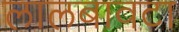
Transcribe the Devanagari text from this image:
लालबावटा